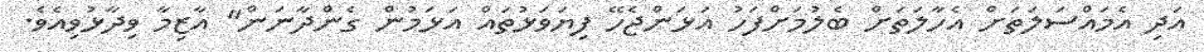
އަދި އެމައްސަލަތަށް އެހާލަތަށް ބެލުމަށްފަހު އަޅަންޖެހޭ ފިޔަވަޅުތައް އަޅަމުން ގެންދާނަން" އާޒިމާ ވިދާޅުވިއެވެ.